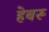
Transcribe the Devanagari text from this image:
हेबरू